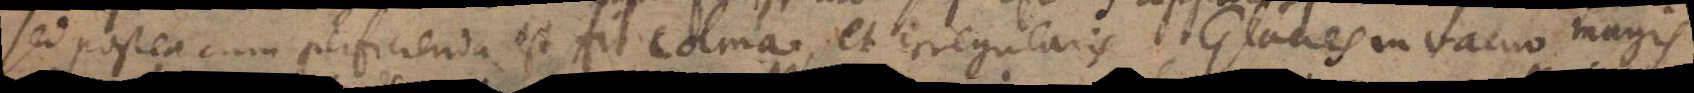
sed postea cum perficienda est fit colma, et irregularis. Glacies in vacuo magis